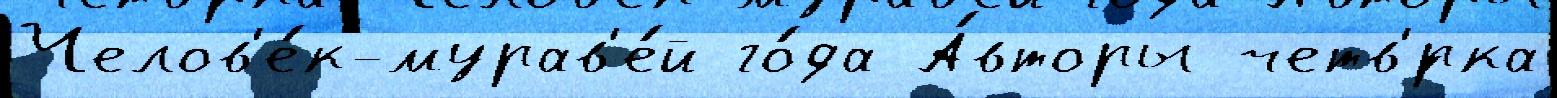
Челов'е́к-мурав'е́й го́да А́вторы четв'́рка